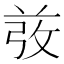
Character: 𰱋